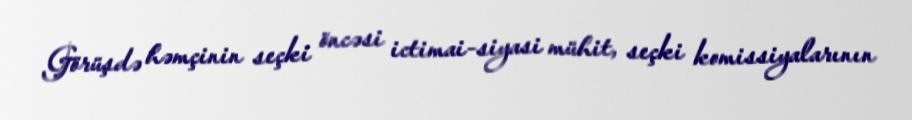
Görüşdə həmçinin seçki öncəsi ictimai-siyasi mühit, seçki komissiyalarının